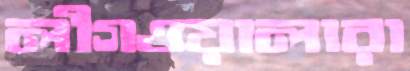
লীগওয়ালারা